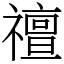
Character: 䄠